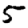
Digit: 5